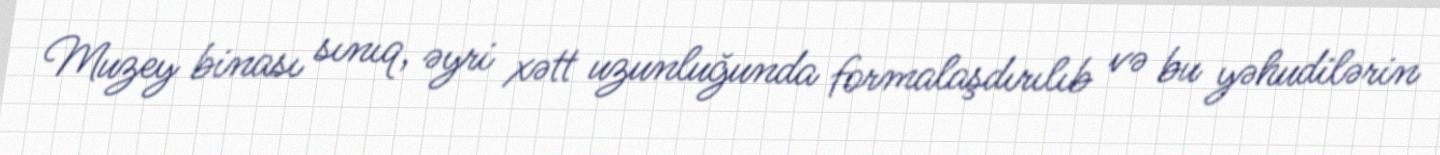
Muzey binası sınıq, əyri xətt uzunluğunda formalaşdırılıb və bu yəhudilərin